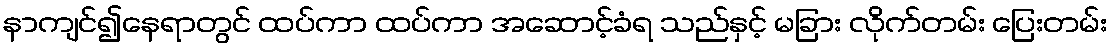
နာကျင်၍နေရာတွင် ထပ်ကာ ထပ်ကာ အဆောင့်ခံရ သည်နှင့် မခြား လိုက်တမ်း ပြေးတမ်း